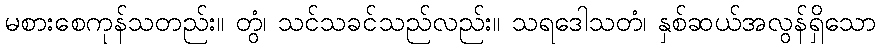
မစားစေကုန်သတည်း။ တွံ၊ သင်သခင်သည်လည်း။ သရဒေါသတံ၊ နှစ်ဆယ်အလွန်ရှိသော